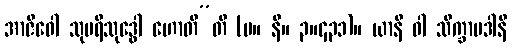
အာဇီဝေါ သုပရိသုဒ္ဓေါ ဟောတီ”တိ (မ။ နိ။ ၃။၄၃၁)။ ယာနိ ဝါ သိက္ခာပဒါနိ